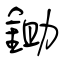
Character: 鋤